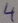
Text: 4